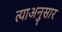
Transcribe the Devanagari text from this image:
त्याअनुसार